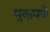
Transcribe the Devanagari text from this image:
मुकपणे